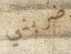
ضربني